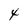
Character: 4